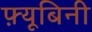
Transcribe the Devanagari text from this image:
फ़्यूबिनी